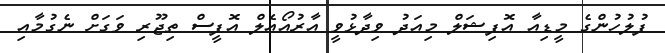
ފުލުހުންގެ މީޑިއާ އޮފިޝަލް މިއަދު ވިދާޅުވީ އާރުއޯއެލް އޮފީސް ތިޖޫރި ވަގަށް ނެގުމާއި